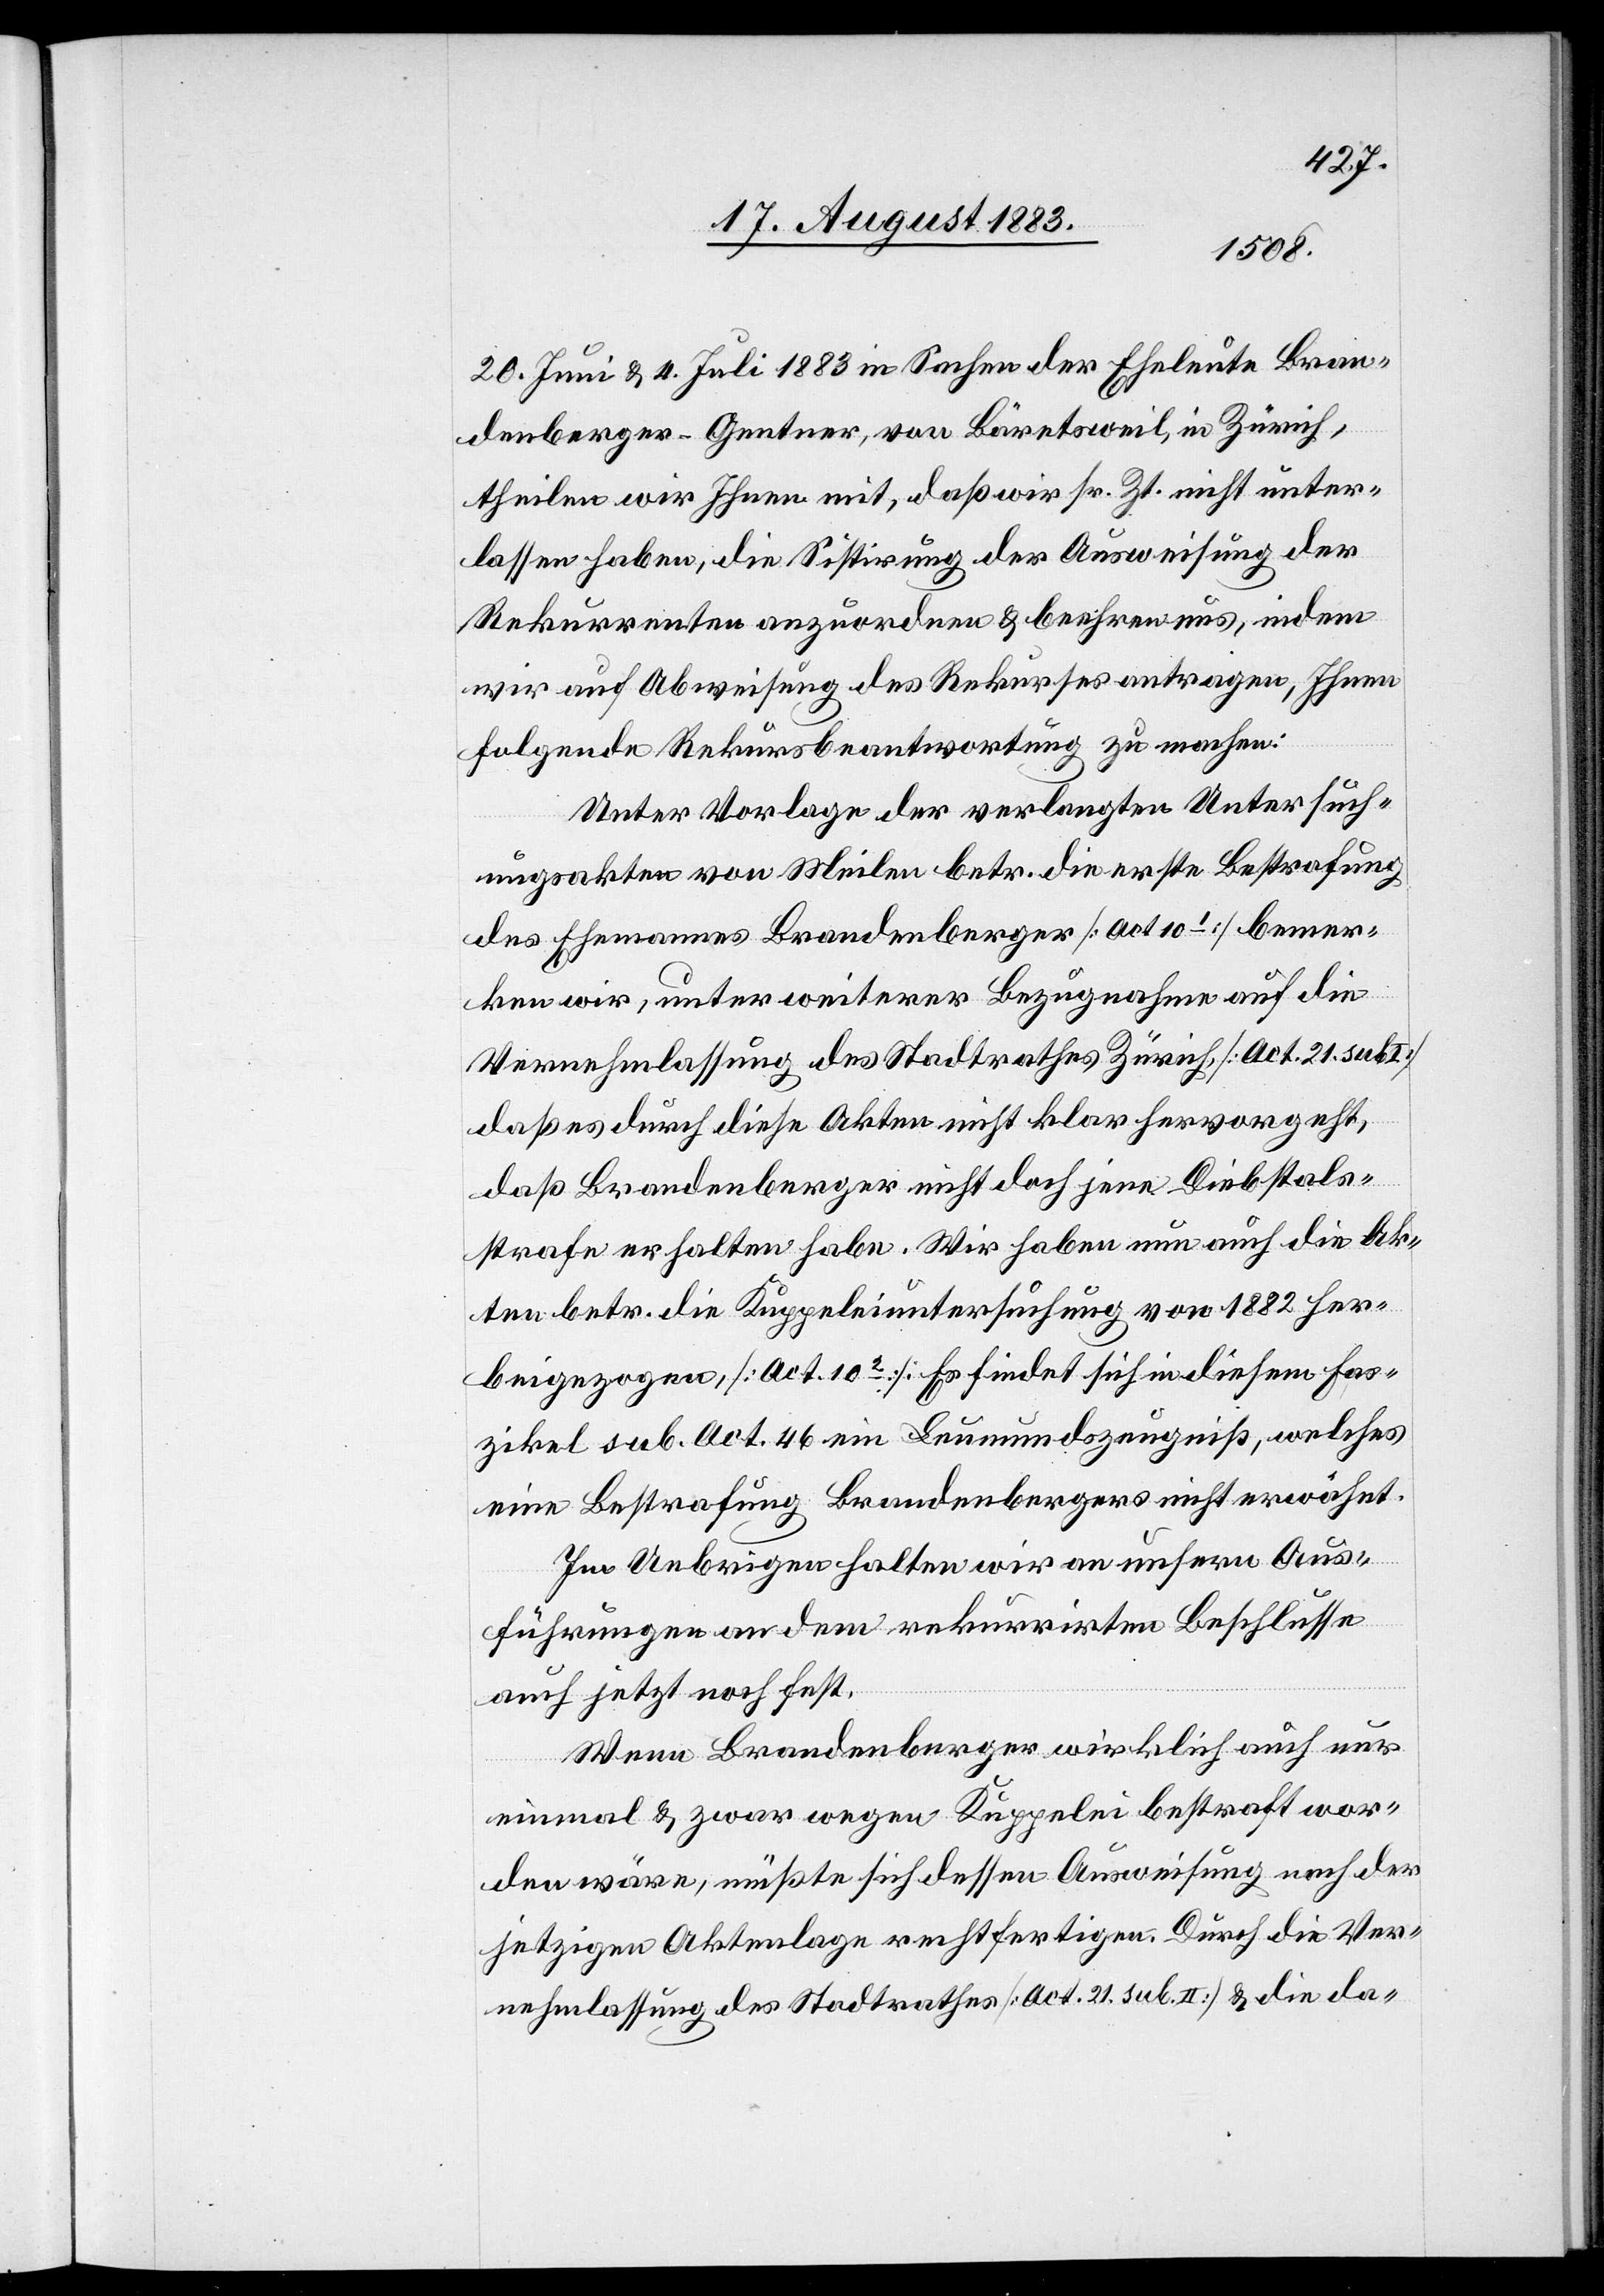
20. Juni & 4. Juli 1883 in Sachen der Eheleute Bran¬
denberger-Gentner, von Bäretsweil, in Zürich,
theilen wir Ihnen mit, daß wir sr. Zt. nicht unter¬
lassen haben, die Sistirung der Ausweisung der
Rekurrenten anzuordnen & beehren uns, indem
wir auf Abweisung des Rekurses antragen, Ihnen
folgende Rekursbeantwortung zu machen:
Unter Vorlage der verlegten Untersuch¬
ungsakten von Meilen betr. die erste Bestrafung
des Ehemannes Brandenberger [Act. 101] bemer¬
ken wir, unter weiterer Bezugnahme auf die
Vernehmlassung des Statthalteramtes Zürich, [Act. 21 sub.
daß durch diese Akten nicht klar hervorgeht,
daß Brandenberger nicht doch jene Diebstals¬
strafe erhalten habe. Wir haben nun auch die Ak¬
ten betr. die Kuppeleiuntersuchung von 1882 her¬
beigezogen, [Act. 102]. Es findet sich in diesem Fas¬
zikel sub. Act. 46 ein Leumundszeugniß, welches
eine Bestrafung Brandenbergers nicht erwähnt.
Im Uebrigen halten wir an unsern Aus¬
führungen an dem rekurrirten Beschlusse
auch jetzt noch fest.
Wenn Brandenberger wirklich auch nur
einmal & zwar wegen Kuppelei bestraft wor¬
den wäre, müßte sich dessen Ausweisung nach der
jetzigen Aktenlage rechtfertigen. Durch die Ver¬
nehmlassung des Stadtrathes [Act. 21, sub. II] & die da-